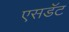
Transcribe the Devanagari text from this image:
एसडॅट